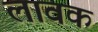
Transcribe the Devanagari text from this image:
लावक